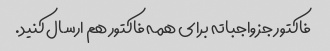
فاکتور جز واجباته برای همه فاکتور هم ارسال کنید.